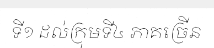
ទី១ ដល់ក្រុមទី៤ ភាគច្រើន